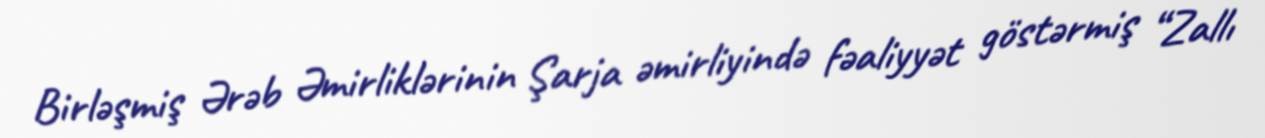
Birləşmiş Ərəb Əmirliklərinin Şarja əmirliyində fəaliyyət göstərmiş “Zallı